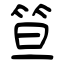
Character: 笪